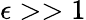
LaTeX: \epsilon>>1